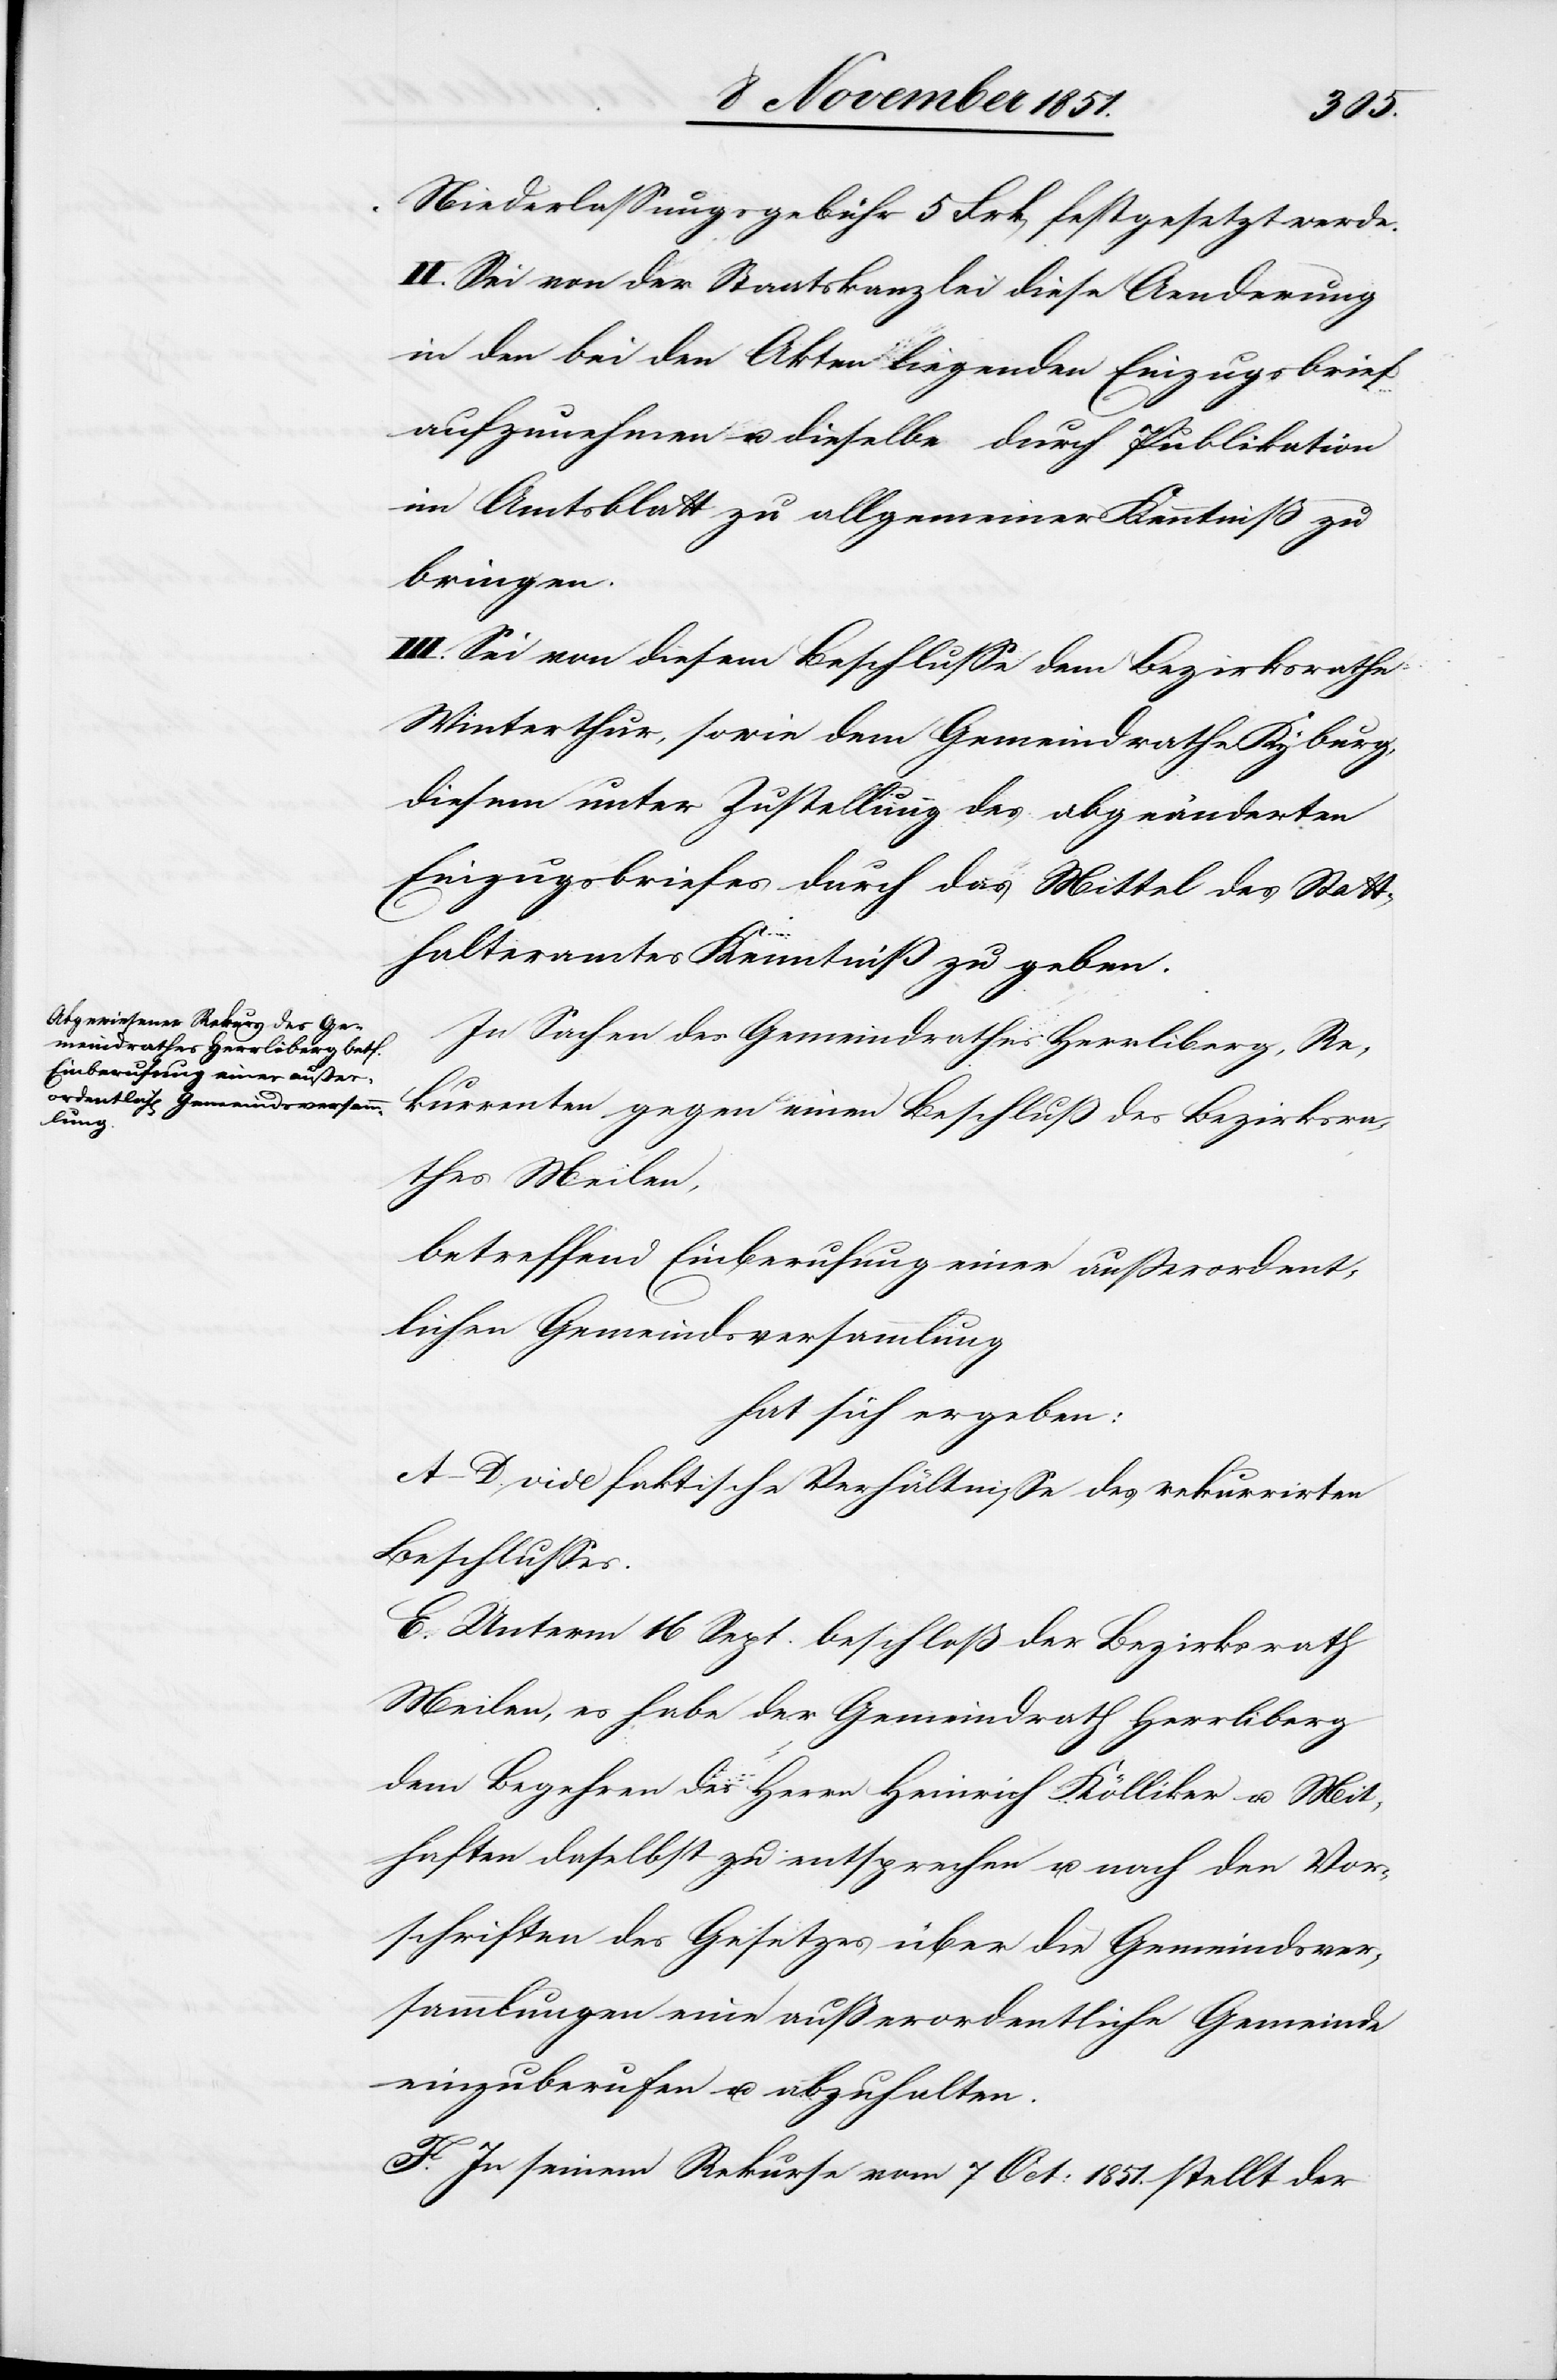
Niederlassungsgebühr 5 Frk[en] festgesetzt werde.
II. Sei von der Staatskanzlei diese Aenderung
in den bei den Akten liegenden Einzugsbrief
aufzunehmen u. dieselbe durch Publikation
im Amtsblatt zu allgemeiner Kenntniß zu
bringen.
III. Sei von diesem Beschlusse dem Bezirksrathe
Winterthur, sowie dem Gemeindrathe Kyburg,
diesem unter Zustellung des abgeänderten
Einzugsbriefes durch das Mittel des Statt¬
halteramtes Kenntniß zu geben.
In Sachen des Gemeindrathes Herrliberg, Re¬
kurrenten gegen einen Beschluß des Bezirksra¬
thes Meilen,
betreffend Einberufung einer außerordent¬
lichen Gemeindsversammlung
hat sich ergeben:
A–D. vide faktische Verhältnisse des rekurrirten
Beschlusses.
E. Unterm 16 Sept. beschloß der Bezirksrath
Meilen, es habe der Gemeindrath Herrliberg
dem Begehren des Herrn Heinrich Kölliker u. Mit¬
haften daselbst zu entsprechen u. nach den Vor¬
schriften des Gesetzes über die Gemeindsver¬
sammlungen eine außerordentliche Gemeinde
einzuberufen u. abzuhalten.
F. In seinem Rekurse vom 7 Oct: 1851. stellt der